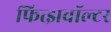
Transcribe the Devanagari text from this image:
फित्झवॉल्टर